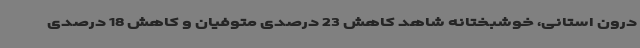
درون استانی، خوشبختانه شاهد کاهش 23 درصدی متوفیان و کاهش 18 درصدی